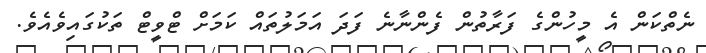
ނެތްކަން އެ މީހުންގެ ފަރާތުން ފެންނާނެ ފަދަ އަމަލުތައް ކަމަށް ޓްވީޓް ތަކުގައިވެއެވެ.